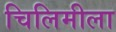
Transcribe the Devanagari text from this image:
चिलिमीला